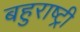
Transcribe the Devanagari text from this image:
बहुराष्ट्री